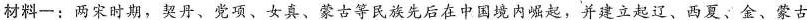
材料一：两宋时期，契丹、党项、女真、蒙古等民族先后在中国境内崛起，并建立起辽、西夏、金、蒙古